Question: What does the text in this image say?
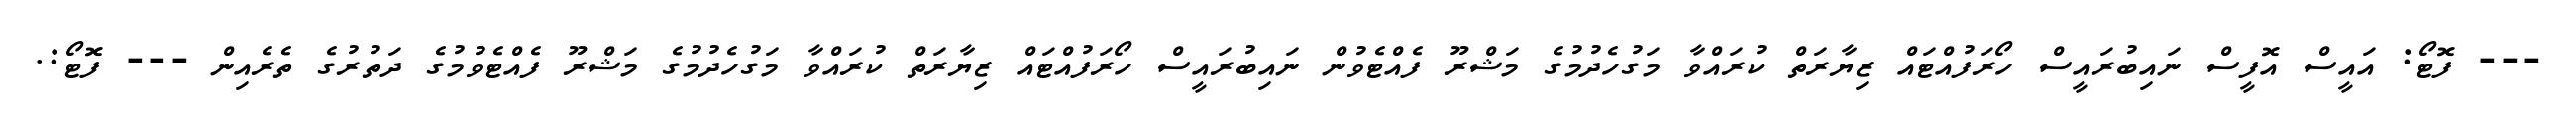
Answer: --- ފޮޓޯ: އައީސް އޮފީސް ނައިބުރައީސް ހޯރަފުއްޓައް ޒިޔާރަތް ކުރައްވާ މަގުހެދުމުގެ މަޝްރޫ ފެއްޓެވުން ނައިބުރައީސް ހޯރަފުއްޓައް ޒިޔާރަތް ކުރައްވާ މަގުހެދުމުގެ މަޝްރޫ ފެއްޓެވުމުގެ ދަތުރުގެ ތެރެއިން --- ފޮޓޯ:.